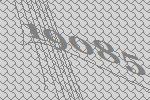
19085